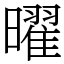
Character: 曜